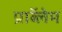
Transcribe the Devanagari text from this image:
प्राॅब्लेम